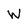
Character: W